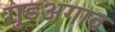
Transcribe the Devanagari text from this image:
गुडअगाव